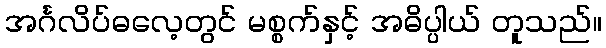
အင်္ဂလိပ်ဓလေ့တွင် မစ္စက်နှင့် အဓိပ္ပါယ် တူသည်။